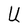
Character: U